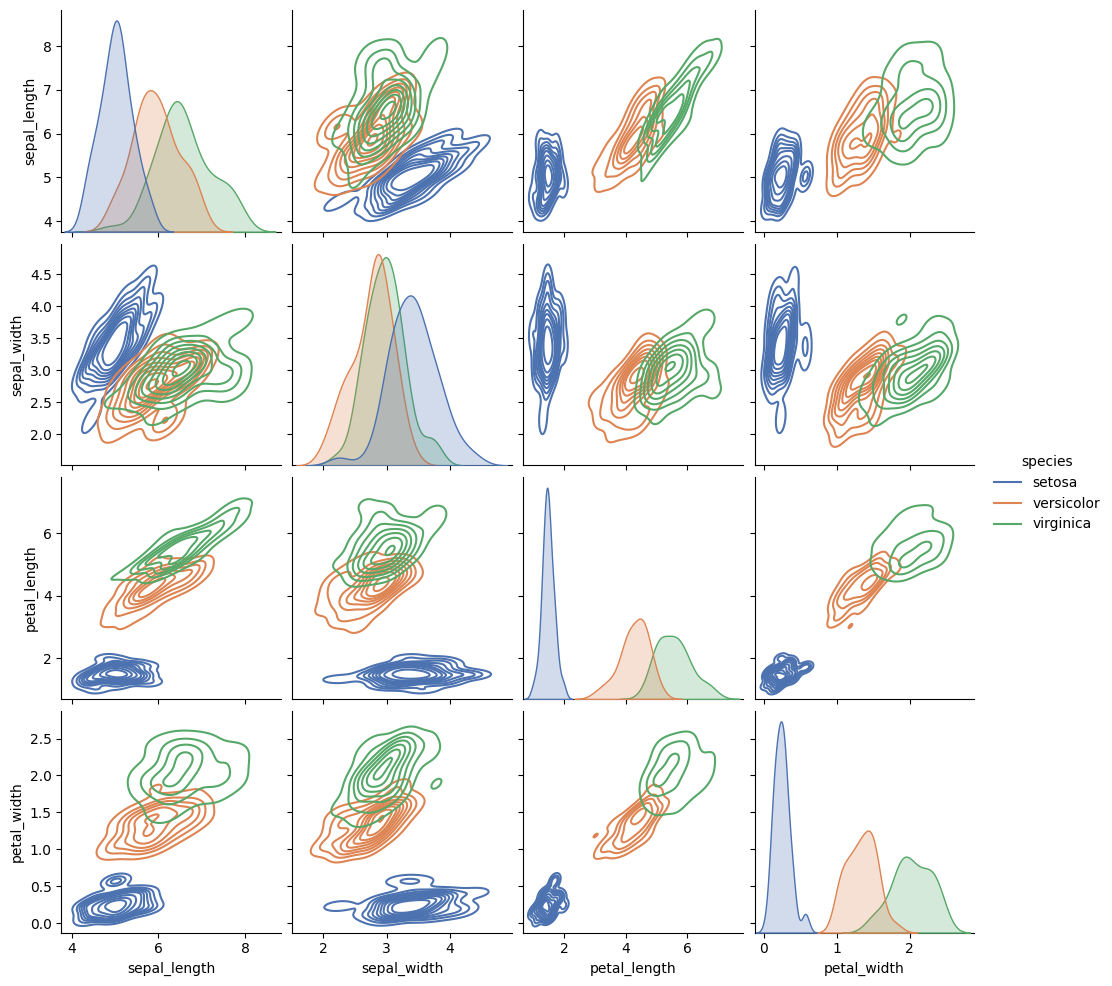
python, seaborn, pairplot, palette='deep', markers=['o', 's', 'D'], kind='kde', diag_kind='auto'